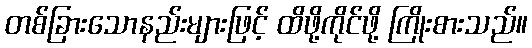
တစ်ခြားသောနည်းများဖြင့် ထိဖို့ကိုင်ဖို့ ကြိုးစားသည်။